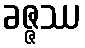
ခဇ္ဇဿ